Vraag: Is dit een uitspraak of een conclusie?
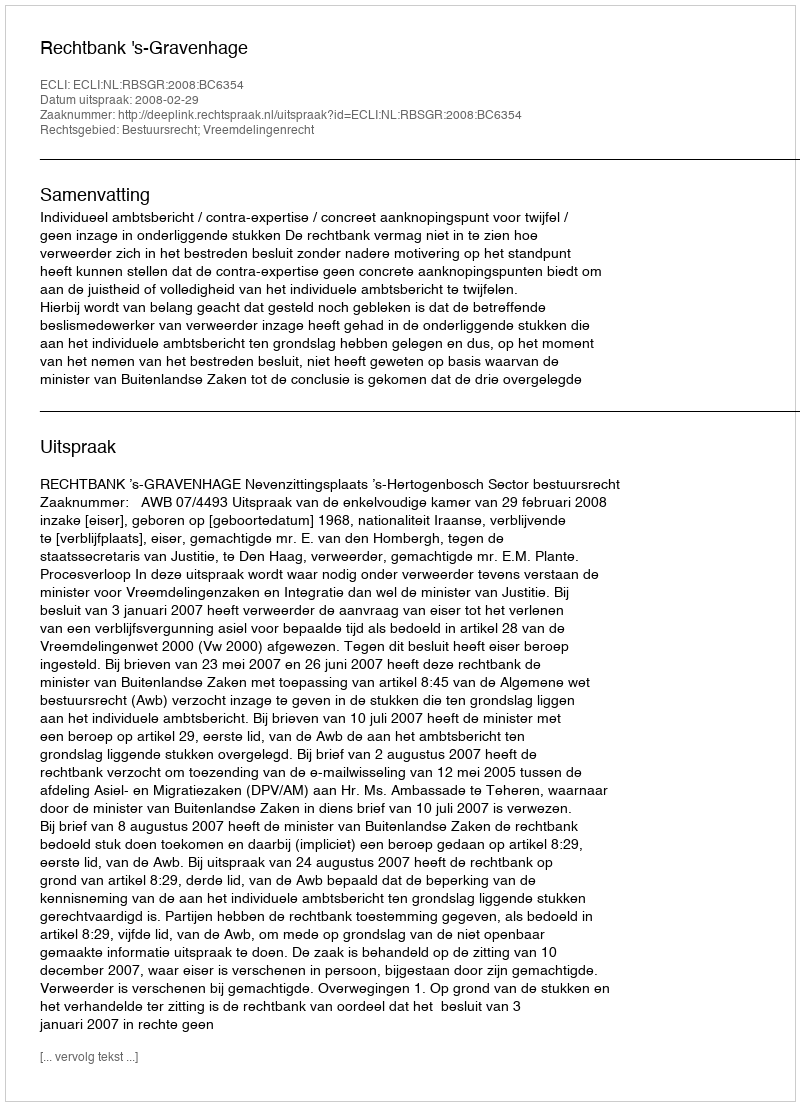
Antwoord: Uitspraak